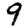
Digit: 9